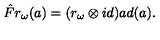
\hat { F } r _ { \omega } ( a ) = ( r _ { \omega } \otimes i d ) a d ( a ) .